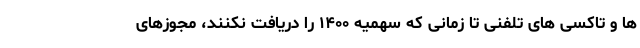
ها و تاکسی های تلفنی تا زمانی که سهمیه ۱۴۰۰ را دریافت نکنند، مجوزهای